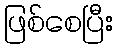
ဖြစ်စေပြီး